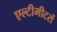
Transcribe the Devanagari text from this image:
एल्टीमीटरों